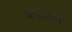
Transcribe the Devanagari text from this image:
अपदान